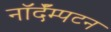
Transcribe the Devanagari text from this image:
नॉर्दॅम्पटन